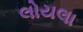
લોયલા